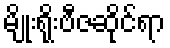
မျိုးရိုးဗီဇဆိုင်ရာ